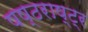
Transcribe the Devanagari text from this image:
षष्ठराष्ट्र